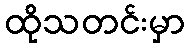
ထိုသတင်းမှာ